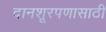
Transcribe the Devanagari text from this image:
दानशूरपणासाठी